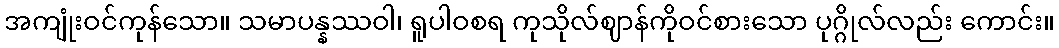
အကျုံးဝင်ကုန်သော။ သမာပန္နဿဝါ၊ ရူပါဝစရ ကုသိုလ်ဈာန်ကိုဝင်စားသော ပုဂ္ဂိုလ်လည်း ကောင်း။